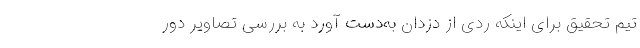
تیم تحقیق برای اینکه ردی از دزدان به‌دست آورد به بررسی تصاویر دور